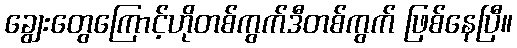
ချွေးတွေကြောင့်ဟိုတစ်ကွက်ဒီတစ်ကွက် ဖြစ်နေပြီ။